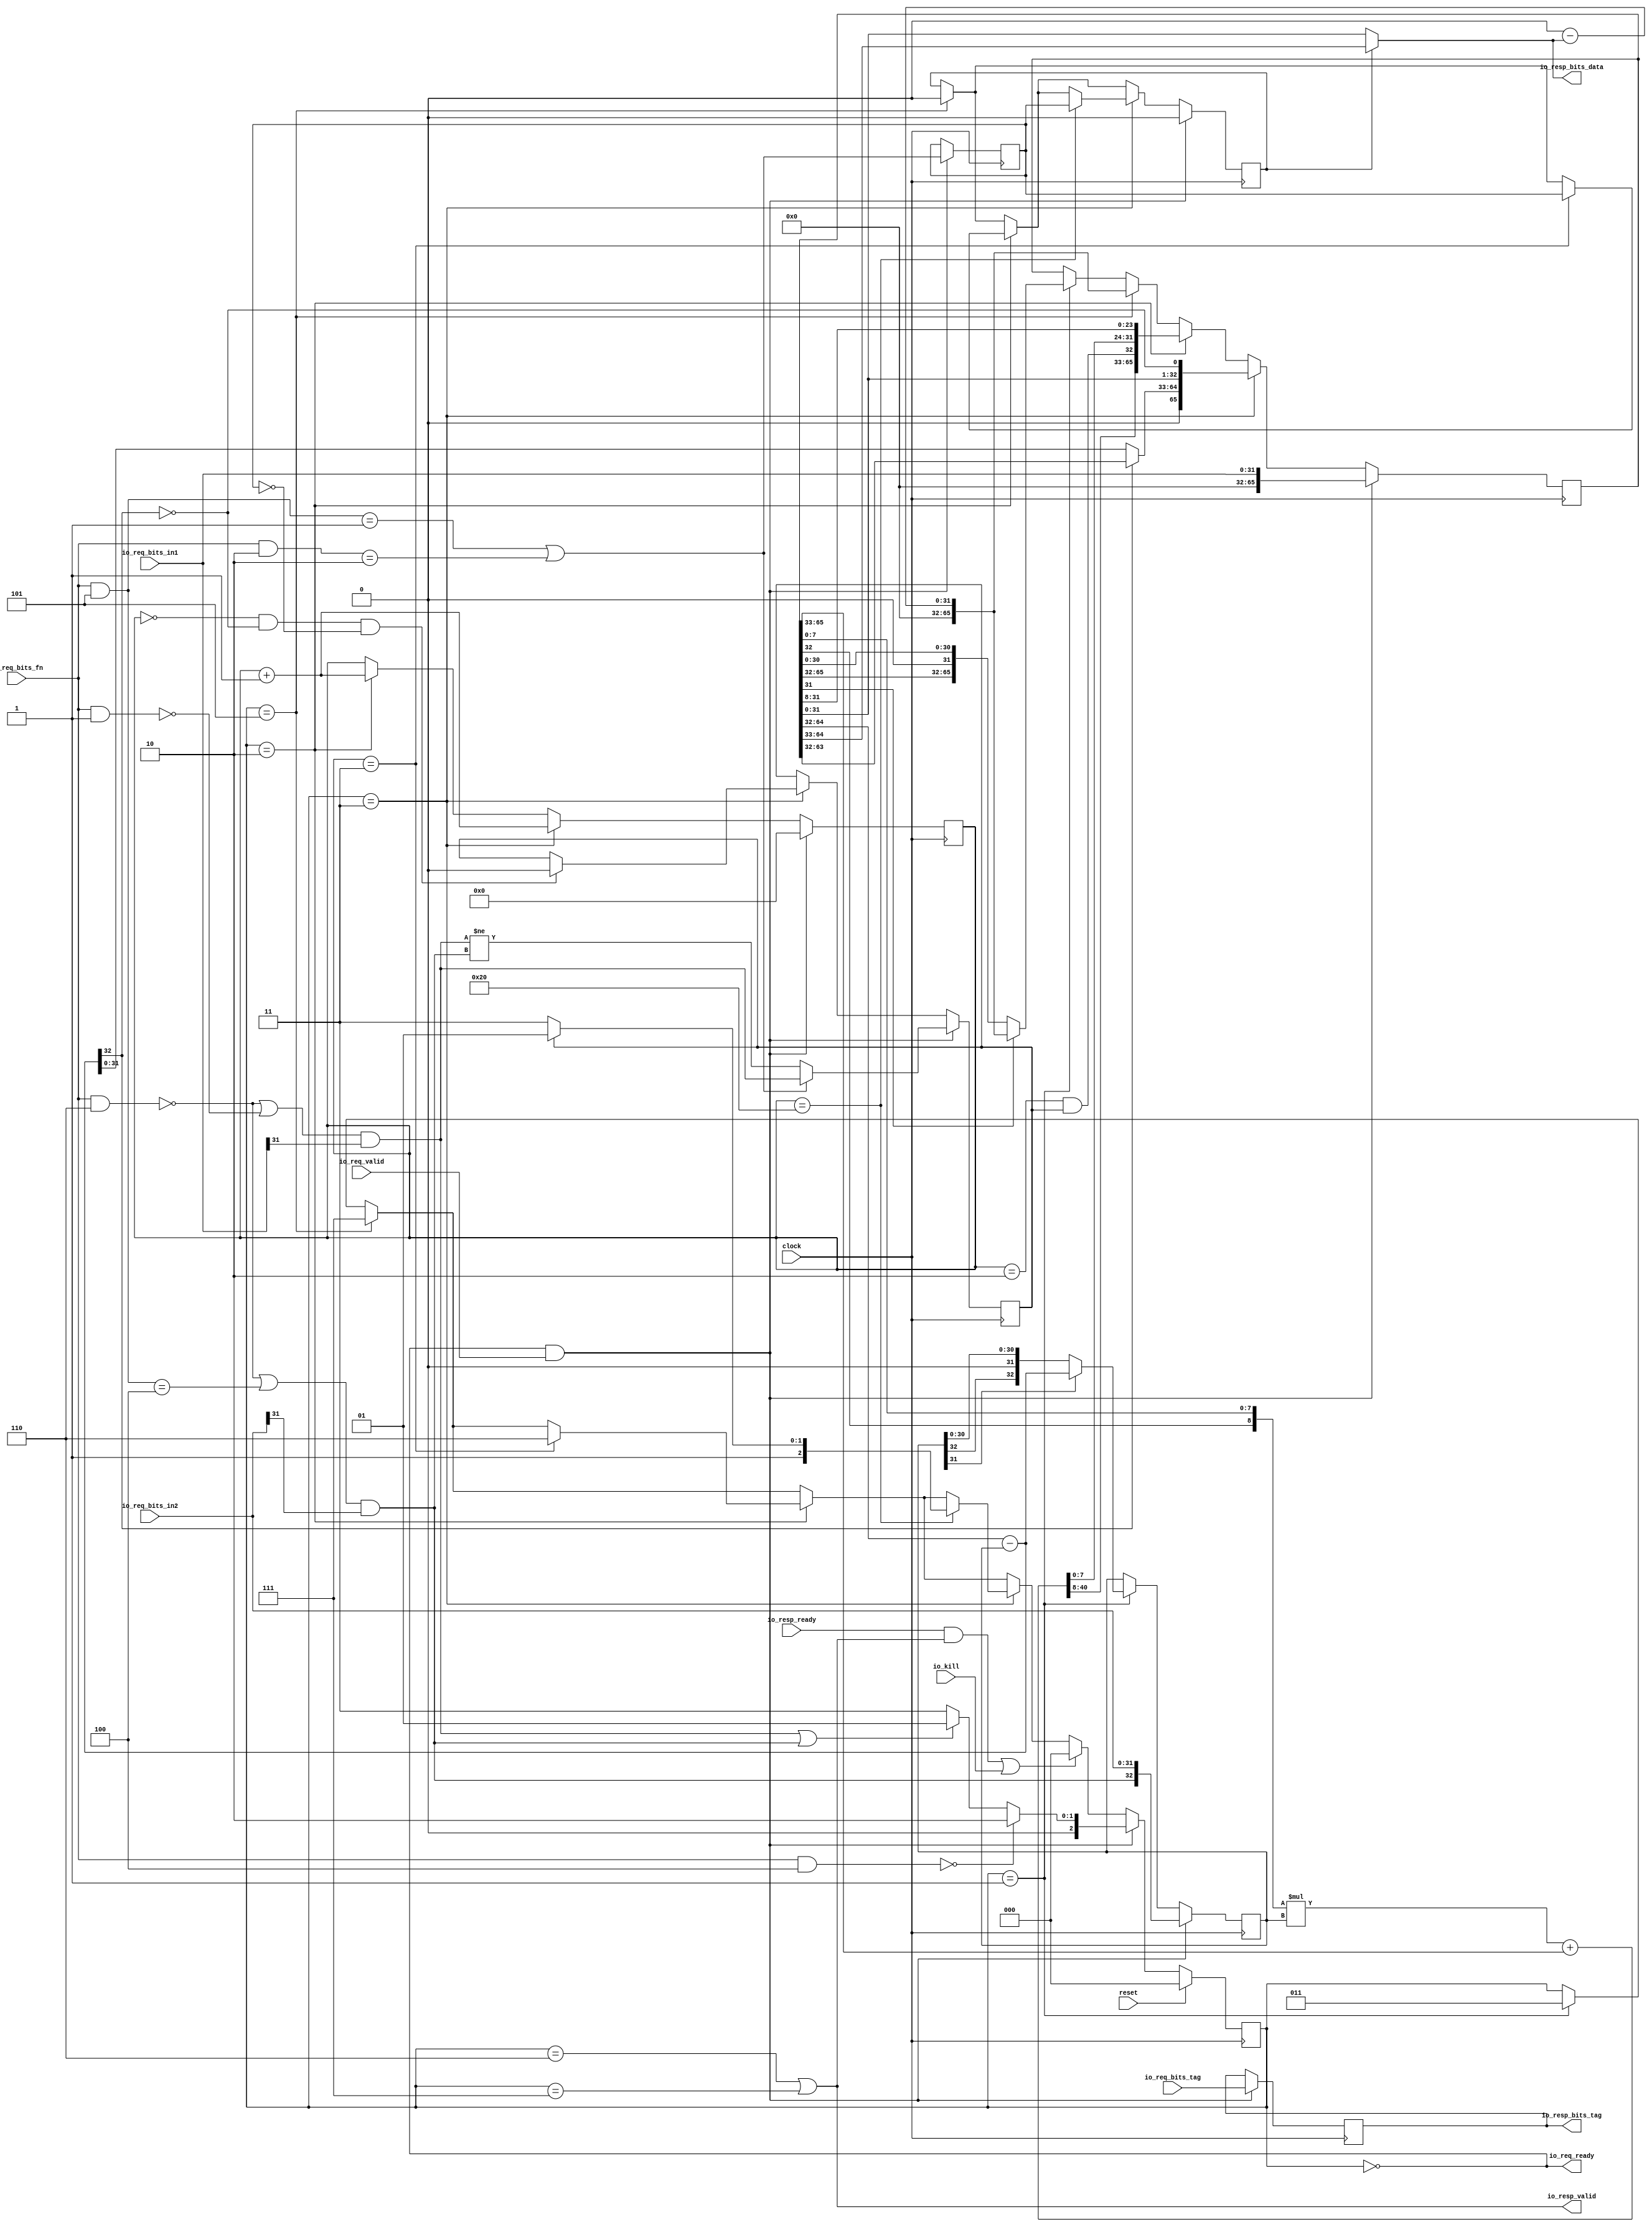
module MulDiv( // @[:freechips.rocketchip.system.TinyConfig.fir@123475.2]
  input         clock, // @[:freechips.rocketchip.system.TinyConfig.fir@123476.4]
  input         reset, // @[:freechips.rocketchip.system.TinyConfig.fir@123477.4]
  output        io_req_ready, // @[:freechips.rocketchip.system.TinyConfig.fir@123478.4]
  input         io_req_valid, // @[:freechips.rocketchip.system.TinyConfig.fir@123478.4]
  input  [3:0]  io_req_bits_fn, // @[:freechips.rocketchip.system.TinyConfig.fir@123478.4]
  input  [31:0] io_req_bits_in1, // @[:freechips.rocketchip.system.TinyConfig.fir@123478.4]
  input  [31:0] io_req_bits_in2, // @[:freechips.rocketchip.system.TinyConfig.fir@123478.4]
  input  [4:0]  io_req_bits_tag, // @[:freechips.rocketchip.system.TinyConfig.fir@123478.4]
  input         io_kill, // @[:freechips.rocketchip.system.TinyConfig.fir@123478.4]
  input         io_resp_ready, // @[:freechips.rocketchip.system.TinyConfig.fir@123478.4]
  output        io_resp_valid, // @[:freechips.rocketchip.system.TinyConfig.fir@123478.4]
  output [31:0] io_resp_bits_data, // @[:freechips.rocketchip.system.TinyConfig.fir@123478.4]
  output [4:0]  io_resp_bits_tag // @[:freechips.rocketchip.system.TinyConfig.fir@123478.4]
);
  reg [2:0] state; // @[Multiplier.scala 51:18:freechips.rocketchip.system.TinyConfig.fir@123483.4]
  reg [31:0] _RAND_0;
  reg [4:0] req_tag; // @[Multiplier.scala 53:16:freechips.rocketchip.system.TinyConfig.fir@123484.4]
  reg [31:0] _RAND_1;
  reg [5:0] count; // @[Multiplier.scala 54:18:freechips.rocketchip.system.TinyConfig.fir@123485.4]
  reg [31:0] _RAND_2;
  reg  neg_out; // @[Multiplier.scala 57:20:freechips.rocketchip.system.TinyConfig.fir@123486.4]
  reg [31:0] _RAND_3;
  reg  isHi; // @[Multiplier.scala 58:17:freechips.rocketchip.system.TinyConfig.fir@123487.4]
  reg [31:0] _RAND_4;
  reg  resHi; // @[Multiplier.scala 59:18:freechips.rocketchip.system.TinyConfig.fir@123488.4]
  reg [31:0] _RAND_5;
  reg [32:0] divisor; // @[Multiplier.scala 60:20:freechips.rocketchip.system.TinyConfig.fir@123489.4]
  reg [63:0] _RAND_6;
  reg [65:0] remainder; // @[Multiplier.scala 61:22:freechips.rocketchip.system.TinyConfig.fir@123490.4]
  reg [95:0] _RAND_7;
  wire [3:0] _T; // @[Decode.scala 14:65:freechips.rocketchip.system.TinyConfig.fir@123491.4]
  wire  cmdMul; // @[Decode.scala 14:121:freechips.rocketchip.system.TinyConfig.fir@123492.4]
  wire [3:0] _T_3; // @[Decode.scala 14:65:freechips.rocketchip.system.TinyConfig.fir@123494.4]
  wire  _T_4; // @[Decode.scala 14:121:freechips.rocketchip.system.TinyConfig.fir@123495.4]
  wire [3:0] _T_5; // @[Decode.scala 14:65:freechips.rocketchip.system.TinyConfig.fir@123496.4]
  wire  _T_6; // @[Decode.scala 14:121:freechips.rocketchip.system.TinyConfig.fir@123497.4]
  wire  cmdHi; // @[Decode.scala 15:30:freechips.rocketchip.system.TinyConfig.fir@123499.4]
  wire [3:0] _T_9; // @[Decode.scala 14:65:freechips.rocketchip.system.TinyConfig.fir@123500.4]
  wire  _T_10; // @[Decode.scala 14:121:freechips.rocketchip.system.TinyConfig.fir@123501.4]
  wire [3:0] _T_11; // @[Decode.scala 14:65:freechips.rocketchip.system.TinyConfig.fir@123502.4]
  wire  _T_12; // @[Decode.scala 14:121:freechips.rocketchip.system.TinyConfig.fir@123503.4]
  wire  lhsSigned; // @[Decode.scala 15:30:freechips.rocketchip.system.TinyConfig.fir@123505.4]
  wire  _T_16; // @[Decode.scala 14:121:freechips.rocketchip.system.TinyConfig.fir@123507.4]
  wire  rhsSigned; // @[Decode.scala 15:30:freechips.rocketchip.system.TinyConfig.fir@123509.4]
  wire  _T_22; // @[Multiplier.scala 81:48:freechips.rocketchip.system.TinyConfig.fir@123517.4]
  wire  lhs_sign; // @[Multiplier.scala 81:23:freechips.rocketchip.system.TinyConfig.fir@123519.4]
  wire [15:0] _T_26; // @[Multiplier.scala 82:43:freechips.rocketchip.system.TinyConfig.fir@123522.4]
  wire [15:0] _T_28; // @[Multiplier.scala 83:15:freechips.rocketchip.system.TinyConfig.fir@123524.4]
  wire [31:0] lhs_in; // @[Cat.scala 30:58:freechips.rocketchip.system.TinyConfig.fir@123525.4]
  wire  _T_32; // @[Multiplier.scala 81:48:freechips.rocketchip.system.TinyConfig.fir@123529.4]
  wire  rhs_sign; // @[Multiplier.scala 81:23:freechips.rocketchip.system.TinyConfig.fir@123531.4]
  wire [15:0] _T_36; // @[Multiplier.scala 82:43:freechips.rocketchip.system.TinyConfig.fir@123534.4]
  wire [15:0] _T_38; // @[Multiplier.scala 83:15:freechips.rocketchip.system.TinyConfig.fir@123536.4]
  wire [32:0] _T_39; // @[Multiplier.scala 88:29:freechips.rocketchip.system.TinyConfig.fir@123538.4]
  wire [32:0] subtractor; // @[Multiplier.scala 88:37:freechips.rocketchip.system.TinyConfig.fir@123540.4]
  wire [31:0] _T_41; // @[Multiplier.scala 89:36:freechips.rocketchip.system.TinyConfig.fir@123541.4]
  wire [31:0] _T_42; // @[Multiplier.scala 89:57:freechips.rocketchip.system.TinyConfig.fir@123542.4]
  wire [31:0] result; // @[Multiplier.scala 89:19:freechips.rocketchip.system.TinyConfig.fir@123543.4]
  wire [31:0] negated_remainder; // @[Multiplier.scala 90:27:freechips.rocketchip.system.TinyConfig.fir@123545.4]
  wire  _T_44; // @[Multiplier.scala 92:39:freechips.rocketchip.system.TinyConfig.fir@123546.4]
  wire  _T_45; // @[Multiplier.scala 93:20:freechips.rocketchip.system.TinyConfig.fir@123548.6]
  wire  _T_46; // @[Multiplier.scala 96:18:freechips.rocketchip.system.TinyConfig.fir@123552.6]
  wire  _T_47; // @[Multiplier.scala 101:39:freechips.rocketchip.system.TinyConfig.fir@123558.4]
  wire  _T_48; // @[Multiplier.scala 106:39:freechips.rocketchip.system.TinyConfig.fir@123564.4]
  wire [32:0] _T_49; // @[Multiplier.scala 107:31:freechips.rocketchip.system.TinyConfig.fir@123566.6]
  wire [64:0] _T_51; // @[Cat.scala 30:58:freechips.rocketchip.system.TinyConfig.fir@123568.6]
  wire  _T_52; // @[Multiplier.scala 108:31:freechips.rocketchip.system.TinyConfig.fir@123569.6]
  wire [31:0] _T_53; // @[Multiplier.scala 109:24:freechips.rocketchip.system.TinyConfig.fir@123570.6]
  wire [32:0] _T_54; // @[Multiplier.scala 110:23:freechips.rocketchip.system.TinyConfig.fir@123571.6]
  wire [32:0] _T_55; // @[Multiplier.scala 110:37:freechips.rocketchip.system.TinyConfig.fir@123572.6]
  wire [32:0] _T_56; // @[Multiplier.scala 111:26:freechips.rocketchip.system.TinyConfig.fir@123573.6]
  wire [7:0] _T_57; // @[Multiplier.scala 112:38:freechips.rocketchip.system.TinyConfig.fir@123574.6]
  wire [8:0] _T_58; // @[Cat.scala 30:58:freechips.rocketchip.system.TinyConfig.fir@123575.6]
  wire [8:0] _T_59; // @[Multiplier.scala 112:60:freechips.rocketchip.system.TinyConfig.fir@123576.6]
  wire [32:0] _GEN_35; // @[Multiplier.scala 112:67:freechips.rocketchip.system.TinyConfig.fir@123577.6]
  wire [41:0] _T_60; // @[Multiplier.scala 112:67:freechips.rocketchip.system.TinyConfig.fir@123577.6]
  wire [41:0] _GEN_36; // @[Multiplier.scala 112:76:freechips.rocketchip.system.TinyConfig.fir@123578.6]
  wire [41:0] _T_62; // @[Multiplier.scala 112:76:freechips.rocketchip.system.TinyConfig.fir@123579.6]
  wire [41:0] _T_63; // @[Multiplier.scala 112:76:freechips.rocketchip.system.TinyConfig.fir@123580.6]
  wire [23:0] _T_64; // @[Multiplier.scala 113:38:freechips.rocketchip.system.TinyConfig.fir@123581.6]
  wire [41:0] _T_65; // @[Cat.scala 30:58:freechips.rocketchip.system.TinyConfig.fir@123582.6]
  wire [65:0] _T_66; // @[Cat.scala 30:58:freechips.rocketchip.system.TinyConfig.fir@123583.6]
  wire  _T_67; // @[Multiplier.scala 114:32:freechips.rocketchip.system.TinyConfig.fir@123584.6]
  wire  _T_68; // @[Multiplier.scala 114:57:freechips.rocketchip.system.TinyConfig.fir@123585.6]
  wire  _T_77; // @[Multiplier.scala 118:7:freechips.rocketchip.system.TinyConfig.fir@123594.6]
  wire [32:0] _T_88; // @[Multiplier.scala 120:37:freechips.rocketchip.system.TinyConfig.fir@123605.6]
  wire [31:0] _T_90; // @[Multiplier.scala 120:82:freechips.rocketchip.system.TinyConfig.fir@123607.6]
  wire [64:0] _T_91; // @[Cat.scala 30:58:freechips.rocketchip.system.TinyConfig.fir@123608.6]
  wire [32:0] _T_92; // @[Multiplier.scala 121:34:freechips.rocketchip.system.TinyConfig.fir@123609.6]
  wire [31:0] _T_93; // @[Multiplier.scala 121:67:freechips.rocketchip.system.TinyConfig.fir@123610.6]
  wire [65:0] _T_95; // @[Cat.scala 30:58:freechips.rocketchip.system.TinyConfig.fir@123612.6]
  wire [5:0] _T_97; // @[Multiplier.scala 123:20:freechips.rocketchip.system.TinyConfig.fir@123615.6]
  wire  _T_98; // @[Multiplier.scala 124:25:freechips.rocketchip.system.TinyConfig.fir@123617.6]
  wire  _T_100; // @[Multiplier.scala 129:39:freechips.rocketchip.system.TinyConfig.fir@123624.4]
  wire  _T_101; // @[Multiplier.scala 133:28:freechips.rocketchip.system.TinyConfig.fir@123626.6]
  wire [31:0] _T_102; // @[Multiplier.scala 134:24:freechips.rocketchip.system.TinyConfig.fir@123627.6]
  wire [31:0] _T_103; // @[Multiplier.scala 134:45:freechips.rocketchip.system.TinyConfig.fir@123628.6]
  wire [31:0] _T_104; // @[Multiplier.scala 134:14:freechips.rocketchip.system.TinyConfig.fir@123629.6]
  wire  _T_106; // @[Multiplier.scala 134:67:freechips.rocketchip.system.TinyConfig.fir@123631.6]
  wire [64:0] _T_108; // @[Cat.scala 30:58:freechips.rocketchip.system.TinyConfig.fir@123633.6]
  wire  _T_109; // @[Multiplier.scala 138:17:freechips.rocketchip.system.TinyConfig.fir@123635.6]
  wire  _T_113; // @[Multiplier.scala 146:24:freechips.rocketchip.system.TinyConfig.fir@123644.6]
  wire  _T_116; // @[Multiplier.scala 146:30:freechips.rocketchip.system.TinyConfig.fir@123647.6]
  wire  _T_118; // @[Multiplier.scala 159:18:freechips.rocketchip.system.TinyConfig.fir@123649.6]
  wire  _T_119; // @[Decoupled.scala 37:37:freechips.rocketchip.system.TinyConfig.fir@123654.4]
  wire  _T_120; // @[Multiplier.scala 161:24:freechips.rocketchip.system.TinyConfig.fir@123655.4]
  wire  _T_121; // @[Decoupled.scala 37:37:freechips.rocketchip.system.TinyConfig.fir@123659.4]
  wire  _T_122; // @[Multiplier.scala 165:46:freechips.rocketchip.system.TinyConfig.fir@123661.6]
  wire  _T_129; // @[Multiplier.scala 169:46:freechips.rocketchip.system.TinyConfig.fir@123672.6]
  wire [32:0] _T_131; // @[Cat.scala 30:58:freechips.rocketchip.system.TinyConfig.fir@123675.6]
  wire [15:0] _T_140; // @[Multiplier.scala 176:69:freechips.rocketchip.system.TinyConfig.fir@123689.4]
  wire [15:0] loOut; // @[Multiplier.scala 176:86:freechips.rocketchip.system.TinyConfig.fir@123690.4]
  wire  _T_149; // @[Multiplier.scala 180:27:freechips.rocketchip.system.TinyConfig.fir@123702.4]
  wire  _T_150; // @[Multiplier.scala 180:51:freechips.rocketchip.system.TinyConfig.fir@123703.4]
  assign _T = io_req_bits_fn & 4'h4; // @[Decode.scala 14:65:freechips.rocketchip.system.TinyConfig.fir@123491.4]
  assign cmdMul = _T == 4'h0; // @[Decode.scala 14:121:freechips.rocketchip.system.TinyConfig.fir@123492.4]
  assign _T_3 = io_req_bits_fn & 4'h5; // @[Decode.scala 14:65:freechips.rocketchip.system.TinyConfig.fir@123494.4]
  assign _T_4 = _T_3 == 4'h1; // @[Decode.scala 14:121:freechips.rocketchip.system.TinyConfig.fir@123495.4]
  assign _T_5 = io_req_bits_fn & 4'h2; // @[Decode.scala 14:65:freechips.rocketchip.system.TinyConfig.fir@123496.4]
  assign _T_6 = _T_5 == 4'h2; // @[Decode.scala 14:121:freechips.rocketchip.system.TinyConfig.fir@123497.4]
  assign cmdHi = _T_4 | _T_6; // @[Decode.scala 15:30:freechips.rocketchip.system.TinyConfig.fir@123499.4]
  assign _T_9 = io_req_bits_fn & 4'h6; // @[Decode.scala 14:65:freechips.rocketchip.system.TinyConfig.fir@123500.4]
  assign _T_10 = _T_9 == 4'h0; // @[Decode.scala 14:121:freechips.rocketchip.system.TinyConfig.fir@123501.4]
  assign _T_11 = io_req_bits_fn & 4'h1; // @[Decode.scala 14:65:freechips.rocketchip.system.TinyConfig.fir@123502.4]
  assign _T_12 = _T_11 == 4'h0; // @[Decode.scala 14:121:freechips.rocketchip.system.TinyConfig.fir@123503.4]
  assign lhsSigned = _T_10 | _T_12; // @[Decode.scala 15:30:freechips.rocketchip.system.TinyConfig.fir@123505.4]
  assign _T_16 = _T_3 == 4'h4; // @[Decode.scala 14:121:freechips.rocketchip.system.TinyConfig.fir@123507.4]
  assign rhsSigned = _T_10 | _T_16; // @[Decode.scala 15:30:freechips.rocketchip.system.TinyConfig.fir@123509.4]
  assign _T_22 = io_req_bits_in1[31]; // @[Multiplier.scala 81:48:freechips.rocketchip.system.TinyConfig.fir@123517.4]
  assign lhs_sign = lhsSigned & _T_22; // @[Multiplier.scala 81:23:freechips.rocketchip.system.TinyConfig.fir@123519.4]
  assign _T_26 = io_req_bits_in1[31:16]; // @[Multiplier.scala 82:43:freechips.rocketchip.system.TinyConfig.fir@123522.4]
  assign _T_28 = io_req_bits_in1[15:0]; // @[Multiplier.scala 83:15:freechips.rocketchip.system.TinyConfig.fir@123524.4]
  assign lhs_in = {_T_26,_T_28}; // @[Cat.scala 30:58:freechips.rocketchip.system.TinyConfig.fir@123525.4]
  assign _T_32 = io_req_bits_in2[31]; // @[Multiplier.scala 81:48:freechips.rocketchip.system.TinyConfig.fir@123529.4]
  assign rhs_sign = rhsSigned & _T_32; // @[Multiplier.scala 81:23:freechips.rocketchip.system.TinyConfig.fir@123531.4]
  assign _T_36 = io_req_bits_in2[31:16]; // @[Multiplier.scala 82:43:freechips.rocketchip.system.TinyConfig.fir@123534.4]
  assign _T_38 = io_req_bits_in2[15:0]; // @[Multiplier.scala 83:15:freechips.rocketchip.system.TinyConfig.fir@123536.4]
  assign _T_39 = remainder[64:32]; // @[Multiplier.scala 88:29:freechips.rocketchip.system.TinyConfig.fir@123538.4]
  assign subtractor = _T_39 - divisor; // @[Multiplier.scala 88:37:freechips.rocketchip.system.TinyConfig.fir@123540.4]
  assign _T_41 = remainder[64:33]; // @[Multiplier.scala 89:36:freechips.rocketchip.system.TinyConfig.fir@123541.4]
  assign _T_42 = remainder[31:0]; // @[Multiplier.scala 89:57:freechips.rocketchip.system.TinyConfig.fir@123542.4]
  assign result = resHi ? _T_41 : _T_42; // @[Multiplier.scala 89:19:freechips.rocketchip.system.TinyConfig.fir@123543.4]
  assign negated_remainder = 32'h0 - result; // @[Multiplier.scala 90:27:freechips.rocketchip.system.TinyConfig.fir@123545.4]
  assign _T_44 = state == 3'h1; // @[Multiplier.scala 92:39:freechips.rocketchip.system.TinyConfig.fir@123546.4]
  assign _T_45 = remainder[31]; // @[Multiplier.scala 93:20:freechips.rocketchip.system.TinyConfig.fir@123548.6]
  assign _T_46 = divisor[31]; // @[Multiplier.scala 96:18:freechips.rocketchip.system.TinyConfig.fir@123552.6]
  assign _T_47 = state == 3'h5; // @[Multiplier.scala 101:39:freechips.rocketchip.system.TinyConfig.fir@123558.4]
  assign _T_48 = state == 3'h2; // @[Multiplier.scala 106:39:freechips.rocketchip.system.TinyConfig.fir@123564.4]
  assign _T_49 = remainder[65:33]; // @[Multiplier.scala 107:31:freechips.rocketchip.system.TinyConfig.fir@123566.6]
  assign _T_51 = {_T_49,_T_42}; // @[Cat.scala 30:58:freechips.rocketchip.system.TinyConfig.fir@123568.6]
  assign _T_52 = remainder[32]; // @[Multiplier.scala 108:31:freechips.rocketchip.system.TinyConfig.fir@123569.6]
  assign _T_53 = _T_51[31:0]; // @[Multiplier.scala 109:24:freechips.rocketchip.system.TinyConfig.fir@123570.6]
  assign _T_54 = _T_51[64:32]; // @[Multiplier.scala 110:23:freechips.rocketchip.system.TinyConfig.fir@123571.6]
  assign _T_55 = $signed(_T_54); // @[Multiplier.scala 110:37:freechips.rocketchip.system.TinyConfig.fir@123572.6]
  assign _T_56 = $signed(divisor); // @[Multiplier.scala 111:26:freechips.rocketchip.system.TinyConfig.fir@123573.6]
  assign _T_57 = _T_53[7:0]; // @[Multiplier.scala 112:38:freechips.rocketchip.system.TinyConfig.fir@123574.6]
  assign _T_58 = {_T_52,_T_57}; // @[Cat.scala 30:58:freechips.rocketchip.system.TinyConfig.fir@123575.6]
  assign _T_59 = $signed(_T_58); // @[Multiplier.scala 112:60:freechips.rocketchip.system.TinyConfig.fir@123576.6]
  assign _GEN_35 = {{24{_T_59[8]}},_T_59}; // @[Multiplier.scala 112:67:freechips.rocketchip.system.TinyConfig.fir@123577.6]
  assign _T_60 = $signed(_GEN_35) * $signed(_T_56); // @[Multiplier.scala 112:67:freechips.rocketchip.system.TinyConfig.fir@123577.6]
  assign _GEN_36 = {{9{_T_55[32]}},_T_55}; // @[Multiplier.scala 112:76:freechips.rocketchip.system.TinyConfig.fir@123578.6]
  assign _T_62 = $signed(_T_60) + $signed(_GEN_36); // @[Multiplier.scala 112:76:freechips.rocketchip.system.TinyConfig.fir@123579.6]
  assign _T_63 = $signed(_T_62); // @[Multiplier.scala 112:76:freechips.rocketchip.system.TinyConfig.fir@123580.6]
  assign _T_64 = _T_53[31:8]; // @[Multiplier.scala 113:38:freechips.rocketchip.system.TinyConfig.fir@123581.6]
  assign _T_65 = $unsigned(_T_63); // @[Cat.scala 30:58:freechips.rocketchip.system.TinyConfig.fir@123582.6]
  assign _T_66 = {_T_65,_T_64}; // @[Cat.scala 30:58:freechips.rocketchip.system.TinyConfig.fir@123583.6]
  assign _T_67 = count == 6'h2; // @[Multiplier.scala 114:32:freechips.rocketchip.system.TinyConfig.fir@123584.6]
  assign _T_68 = _T_67 & neg_out; // @[Multiplier.scala 114:57:freechips.rocketchip.system.TinyConfig.fir@123585.6]
  assign _T_77 = isHi == 1'h0; // @[Multiplier.scala 118:7:freechips.rocketchip.system.TinyConfig.fir@123594.6]
  assign _T_88 = _T_66[64:32]; // @[Multiplier.scala 120:37:freechips.rocketchip.system.TinyConfig.fir@123605.6]
  assign _T_90 = _T_66[31:0]; // @[Multiplier.scala 120:82:freechips.rocketchip.system.TinyConfig.fir@123607.6]
  assign _T_91 = {_T_88,_T_90}; // @[Cat.scala 30:58:freechips.rocketchip.system.TinyConfig.fir@123608.6]
  assign _T_92 = _T_91[64:32]; // @[Multiplier.scala 121:34:freechips.rocketchip.system.TinyConfig.fir@123609.6]
  assign _T_93 = _T_91[31:0]; // @[Multiplier.scala 121:67:freechips.rocketchip.system.TinyConfig.fir@123610.6]
  assign _T_95 = {_T_92,_T_68,_T_93}; // @[Cat.scala 30:58:freechips.rocketchip.system.TinyConfig.fir@123612.6]
  assign _T_97 = count + 6'h1; // @[Multiplier.scala 123:20:freechips.rocketchip.system.TinyConfig.fir@123615.6]
  assign _T_98 = count == 6'h3; // @[Multiplier.scala 124:25:freechips.rocketchip.system.TinyConfig.fir@123617.6]
  assign _T_100 = state == 3'h3; // @[Multiplier.scala 129:39:freechips.rocketchip.system.TinyConfig.fir@123624.4]
  assign _T_101 = subtractor[32]; // @[Multiplier.scala 133:28:freechips.rocketchip.system.TinyConfig.fir@123626.6]
  assign _T_102 = remainder[63:32]; // @[Multiplier.scala 134:24:freechips.rocketchip.system.TinyConfig.fir@123627.6]
  assign _T_103 = subtractor[31:0]; // @[Multiplier.scala 134:45:freechips.rocketchip.system.TinyConfig.fir@123628.6]
  assign _T_104 = _T_101 ? _T_102 : _T_103; // @[Multiplier.scala 134:14:freechips.rocketchip.system.TinyConfig.fir@123629.6]
  assign _T_106 = _T_101 == 1'h0; // @[Multiplier.scala 134:67:freechips.rocketchip.system.TinyConfig.fir@123631.6]
  assign _T_108 = {_T_104,_T_42,_T_106}; // @[Cat.scala 30:58:freechips.rocketchip.system.TinyConfig.fir@123633.6]
  assign _T_109 = count == 6'h20; // @[Multiplier.scala 138:17:freechips.rocketchip.system.TinyConfig.fir@123635.6]
  assign _T_113 = count == 6'h0; // @[Multiplier.scala 146:24:freechips.rocketchip.system.TinyConfig.fir@123644.6]
  assign _T_116 = _T_113 & _T_106; // @[Multiplier.scala 146:30:freechips.rocketchip.system.TinyConfig.fir@123647.6]
  assign _T_118 = _T_116 & _T_77; // @[Multiplier.scala 159:18:freechips.rocketchip.system.TinyConfig.fir@123649.6]
  assign _T_119 = io_resp_ready & io_resp_valid; // @[Decoupled.scala 37:37:freechips.rocketchip.system.TinyConfig.fir@123654.4]
  assign _T_120 = _T_119 | io_kill; // @[Multiplier.scala 161:24:freechips.rocketchip.system.TinyConfig.fir@123655.4]
  assign _T_121 = io_req_ready & io_req_valid; // @[Decoupled.scala 37:37:freechips.rocketchip.system.TinyConfig.fir@123659.4]
  assign _T_122 = lhs_sign | rhs_sign; // @[Multiplier.scala 165:46:freechips.rocketchip.system.TinyConfig.fir@123661.6]
  assign _T_129 = lhs_sign != rhs_sign; // @[Multiplier.scala 169:46:freechips.rocketchip.system.TinyConfig.fir@123672.6]
  assign _T_131 = {rhs_sign,_T_36,_T_38}; // @[Cat.scala 30:58:freechips.rocketchip.system.TinyConfig.fir@123675.6]
  assign _T_140 = result[31:16]; // @[Multiplier.scala 176:69:freechips.rocketchip.system.TinyConfig.fir@123689.4]
  assign loOut = result[15:0]; // @[Multiplier.scala 176:86:freechips.rocketchip.system.TinyConfig.fir@123690.4]
  assign _T_149 = state == 3'h6; // @[Multiplier.scala 180:27:freechips.rocketchip.system.TinyConfig.fir@123702.4]
  assign _T_150 = state == 3'h7; // @[Multiplier.scala 180:51:freechips.rocketchip.system.TinyConfig.fir@123703.4]
  assign io_req_ready = state == 3'h0; // @[Multiplier.scala 181:16:freechips.rocketchip.system.TinyConfig.fir@123707.4]
  assign io_resp_valid = _T_149 | _T_150; // @[Multiplier.scala 180:17:freechips.rocketchip.system.TinyConfig.fir@123705.4]
  assign io_resp_bits_data = {_T_140,loOut}; // @[Multiplier.scala 179:21:freechips.rocketchip.system.TinyConfig.fir@123701.4]
  assign io_resp_bits_tag = req_tag; // @[Multiplier.scala 178:16:freechips.rocketchip.system.TinyConfig.fir@123699.4]
`ifdef RANDOMIZE_GARBAGE_ASSIGN
`define RANDOMIZE
`endif
`ifdef RANDOMIZE_INVALID_ASSIGN
`define RANDOMIZE
`endif
`ifdef RANDOMIZE_REG_INIT
`define RANDOMIZE
`endif
`ifdef RANDOMIZE_MEM_INIT
`define RANDOMIZE
`endif
`ifndef RANDOM
`define RANDOM $random
`endif
`ifdef RANDOMIZE_MEM_INIT
  integer initvar;
`endif
initial begin
  `ifdef RANDOMIZE
    `ifdef INIT_RANDOM
      `INIT_RANDOM
    `endif
    `ifndef VERILATOR
      `ifdef RANDOMIZE_DELAY
        #`RANDOMIZE_DELAY begin end
      `else
        #0.002 begin end
      `endif
    `endif
  `ifdef RANDOMIZE_REG_INIT
  _RAND_0 = {1{`RANDOM}};
  state = _RAND_0[2:0];
  `endif // RANDOMIZE_REG_INIT
  `ifdef RANDOMIZE_REG_INIT
  _RAND_1 = {1{`RANDOM}};
  req_tag = _RAND_1[4:0];
  `endif // RANDOMIZE_REG_INIT
  `ifdef RANDOMIZE_REG_INIT
  _RAND_2 = {1{`RANDOM}};
  count = _RAND_2[5:0];
  `endif // RANDOMIZE_REG_INIT
  `ifdef RANDOMIZE_REG_INIT
  _RAND_3 = {1{`RANDOM}};
  neg_out = _RAND_3[0:0];
  `endif // RANDOMIZE_REG_INIT
  `ifdef RANDOMIZE_REG_INIT
  _RAND_4 = {1{`RANDOM}};
  isHi = _RAND_4[0:0];
  `endif // RANDOMIZE_REG_INIT
  `ifdef RANDOMIZE_REG_INIT
  _RAND_5 = {1{`RANDOM}};
  resHi = _RAND_5[0:0];
  `endif // RANDOMIZE_REG_INIT
  `ifdef RANDOMIZE_REG_INIT
  _RAND_6 = {2{`RANDOM}};
  divisor = _RAND_6[32:0];
  `endif // RANDOMIZE_REG_INIT
  `ifdef RANDOMIZE_REG_INIT
  _RAND_7 = {3{`RANDOM}};
  remainder = _RAND_7[65:0];
  `endif // RANDOMIZE_REG_INIT
  `endif // RANDOMIZE
end
  always @(posedge clock) begin
    if (reset) begin
      state <= 3'h0;
    end else begin
      if (_T_121) begin
        if (cmdMul) begin
          state <= 3'h2;
        end else begin
          if (_T_122) begin
            state <= 3'h1;
          end else begin
            state <= 3'h3;
          end
        end
      end else begin
        if (_T_120) begin
          state <= 3'h0;
        end else begin
          if (_T_100) begin
            if (_T_109) begin
              if (neg_out) begin
                state <= 3'h5;
              end else begin
                state <= 3'h7;
              end
            end else begin
              if (_T_48) begin
                if (_T_98) begin
                  state <= 3'h6;
                end else begin
                  if (_T_47) begin
                    state <= 3'h7;
                  end else begin
                    if (_T_44) begin
                      state <= 3'h3;
                    end
                  end
                end
              end else begin
                if (_T_47) begin
                  state <= 3'h7;
                end else begin
                  if (_T_44) begin
                    state <= 3'h3;
                  end
                end
              end
            end
          end else begin
            if (_T_48) begin
              if (_T_98) begin
                state <= 3'h6;
              end else begin
                if (_T_47) begin
                  state <= 3'h7;
                end else begin
                  if (_T_44) begin
                    state <= 3'h3;
                  end
                end
              end
            end else begin
              if (_T_47) begin
                state <= 3'h7;
              end else begin
                if (_T_44) begin
                  state <= 3'h3;
                end
              end
            end
          end
        end
      end
    end
    if (_T_121) begin
      req_tag <= io_req_bits_tag;
    end
    if (_T_121) begin
      count <= 6'h0;
    end else begin
      if (_T_100) begin
        count <= _T_97;
      end else begin
        if (_T_48) begin
          count <= _T_97;
        end
      end
    end
    if (_T_121) begin
      if (cmdHi) begin
        neg_out <= lhs_sign;
      end else begin
        neg_out <= _T_129;
      end
    end else begin
      if (_T_100) begin
        if (_T_118) begin
          neg_out <= 1'h0;
        end
      end
    end
    if (_T_121) begin
      isHi <= cmdHi;
    end
    if (_T_121) begin
      resHi <= 1'h0;
    end else begin
      if (_T_100) begin
        if (_T_109) begin
          resHi <= isHi;
        end else begin
          if (_T_48) begin
            if (_T_98) begin
              resHi <= isHi;
            end else begin
              if (_T_47) begin
                resHi <= 1'h0;
              end
            end
          end else begin
            if (_T_47) begin
              resHi <= 1'h0;
            end
          end
        end
      end else begin
        if (_T_48) begin
          if (_T_98) begin
            resHi <= isHi;
          end else begin
            if (_T_47) begin
              resHi <= 1'h0;
            end
          end
        end else begin
          if (_T_47) begin
            resHi <= 1'h0;
          end
        end
      end
    end
    if (_T_121) begin
      divisor <= _T_131;
    end else begin
      if (_T_44) begin
        if (_T_46) begin
          divisor <= subtractor;
        end
      end
    end
    if (_T_121) begin
      remainder <= {{34'd0}, lhs_in};
    end else begin
      if (_T_100) begin
        remainder <= {{1'd0}, _T_108};
      end else begin
        if (_T_48) begin
          remainder <= _T_95;
        end else begin
          if (_T_47) begin
            remainder <= {{34'd0}, negated_remainder};
          end else begin
            if (_T_44) begin
              if (_T_45) begin
                remainder <= {{34'd0}, negated_remainder};
              end
            end
          end
        end
      end
    end
  end
endmodule